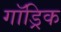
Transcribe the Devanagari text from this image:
गॉड्रिक